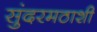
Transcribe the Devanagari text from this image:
सुंदरमठाशी